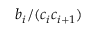
b _ { i } / ( c _ { i } c _ { i + 1 } )